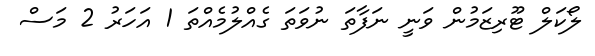
ލޯކަލް ޓޫރިޒަމުން ވަނީ ނަފާތަ ނުވަތަ ގެއްލުމެއްތަ 1 އަހަރު 2 މަސް